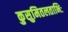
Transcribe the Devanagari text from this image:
कुसुमितलताभिः